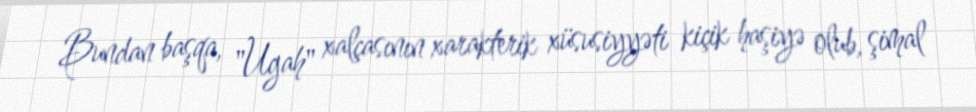
Bundan başqa, "Ugah" xalçasının xarakterik xüsusiyyəti kiçik haşiyə olub, şimal